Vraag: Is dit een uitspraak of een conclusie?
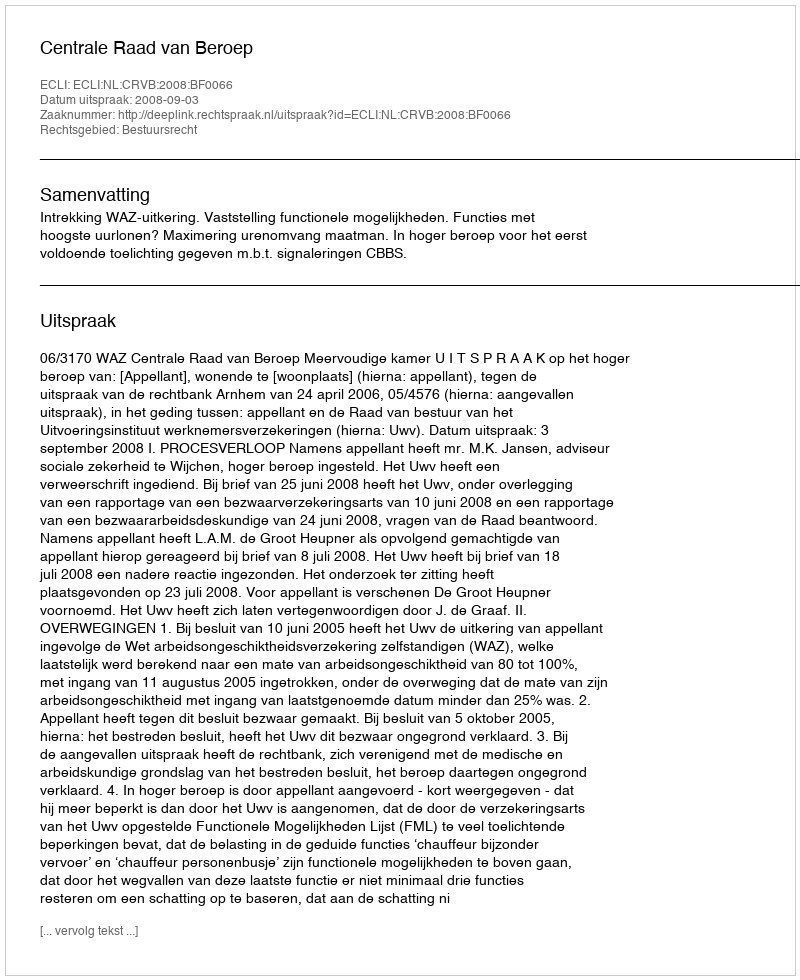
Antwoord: Uitspraak